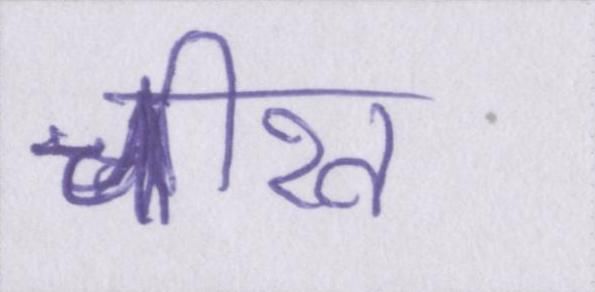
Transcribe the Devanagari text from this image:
चीख